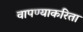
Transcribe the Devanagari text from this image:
वापण्‍याकरिता